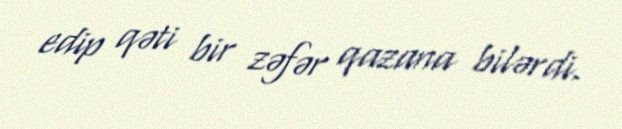
edip qəti bir zəfər qazana bilərdi.